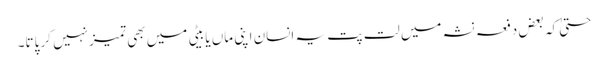
حتیٰ کہ بعض دفعہ نشہ میں لت پت یہ انسان اپنی ماں یا بیٹی میں بھی تمیزنہیں کر پاتا۔